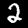
Digit: 2